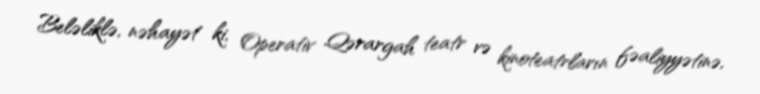
Beləliklə, nəhayət ki, Operativ Qərargah teatr və kinoteatrların fəaliyyətinə,